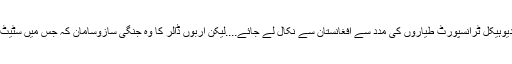
امریکہ کی ایک آپشن یہ بھی ہے کہ اپنے 66000ٹروپس کو چپکے سے اپنے دیوہیکل ٹرانسپورٹ طیاروں کی مدد سے افغانستان سے نکال لے جائے....لیکن اربوں ڈالر کا وہ جنگی سازوسامان کہ جس میں سٹیٹ آف دی آرٹ آلات بھی شامل ہیں، ان کو پیچھے چھوڑ جانا، ایک بڑا رسک ہوگا۔